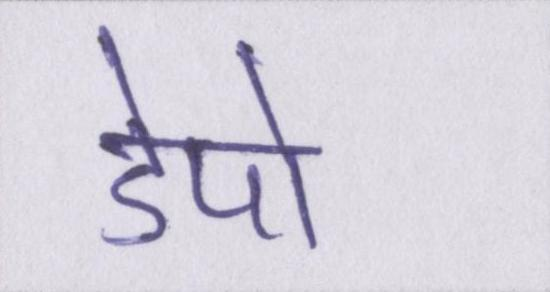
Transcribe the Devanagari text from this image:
डेपो